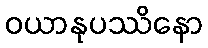
ဝယာနုပဿိနော